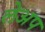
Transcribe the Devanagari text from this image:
लेअप